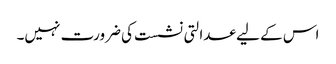
اس کے لیے عدالتی نشست کی ضرورت نہیں۔